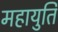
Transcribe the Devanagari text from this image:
महायुति